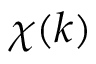
\chi ( k )